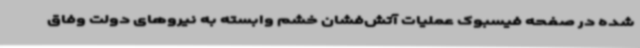
شده در صفحه فیسبوک عملیات آتش‌فشان خشم وابسته به نیروهای دولت وفاق